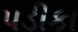
પડીકા